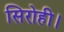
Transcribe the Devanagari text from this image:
सिरोही।